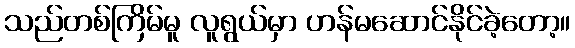
သည်တစ်ကြိမ်မူ လူရွယ်မှာ ဟန်မဆောင်နိုင်ခဲ့တော့။